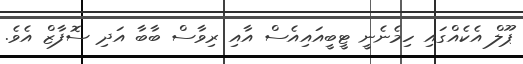
ޕޫލް އެކެއްގައި ހިމެނެނީ ޓީބީއައިއެސް އާއި ރިވާސް ބާބާ އަދި ސޮފާޒް އެވެ.